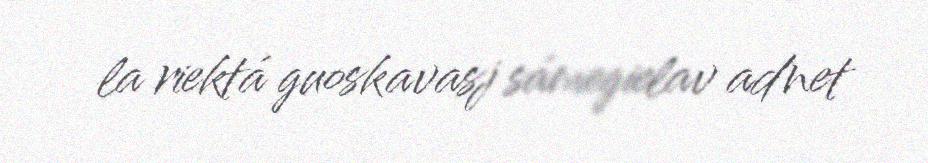
la riektá guoskavasj sámegielav adnet